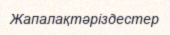
Жапалақтәріздестер